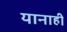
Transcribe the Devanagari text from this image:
यानाही